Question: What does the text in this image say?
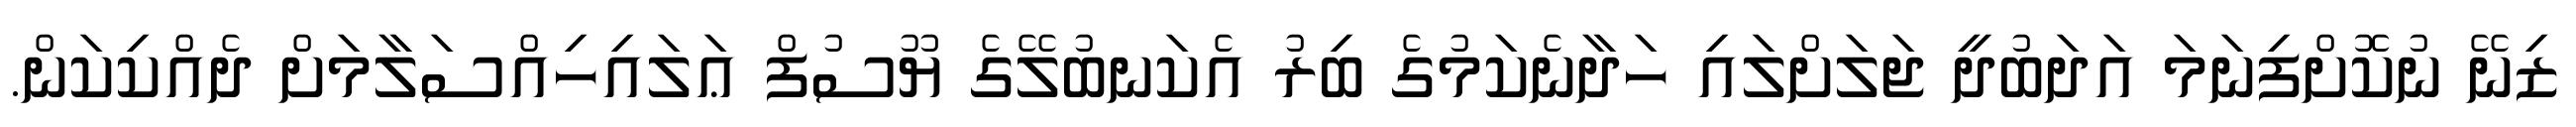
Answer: ޒިނޭ ނުކޮށްފިނަމަ އަދަބުދީ ޖަލަށްލައި ހަދާނެކަމުގެ ބިރު އެކަނބުލޭގެ ޔޫސުފް ޢަލައިހިއްސަލާމަށް ދެއްކިކަން.